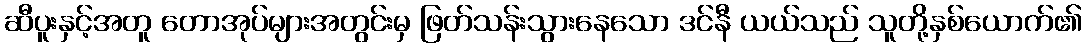
ဆီပူးနှင့်အတူ တောအုပ်များအတွင်းမှ ဖြတ်သန်းသွားနေသော ဒင်နီ ယယ်သည် သူတို့နှစ်ယောက်၏